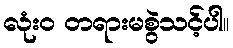
လုံး၀ တရားမစွဲသင့်ပါ။